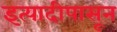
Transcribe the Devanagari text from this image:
इत्यादीपासून